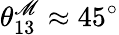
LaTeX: \theta_{13}^{\mathscr{M}}\approx45^{\circ}